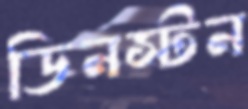
ডিনস্টন